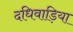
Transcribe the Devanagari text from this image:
दधिवाड़िया